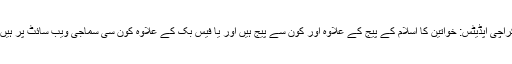
کراچی اپڈیٹس: خواتین کا اسلام کے پیج کے علاوہ اور کون سے پیج ہیں اور یا فیس بک کے علاوہ کون سی سماجی ویب سائٹ پر ہیں؟